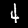
Digit: 4